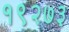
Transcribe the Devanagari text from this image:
१९२७३